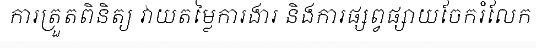
ការត្រួតពិនិត្យ វាយតម្លៃការងារ និងការផ្សព្វផ្សាយចែករំលែក